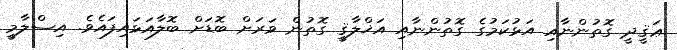
ޢަޤީދީ ގޮތުންނާއި އަޅުކަމުގެ ގޮތުންނާއި އަޚްލާޤީ ގޮތުން ވަރަށް ބޮޑަށް ބޮލާއަޅައިފައެވެ. އިސްލާމީ